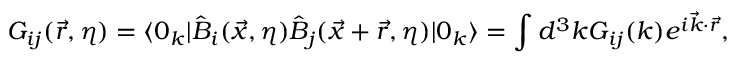
{ \cal G } _ { i j } ( \vec { r } , \eta ) = \langle 0 _ { k } | \hat { B } _ { i } ( \vec { x } , \eta ) \hat { B } _ { j } ( \vec { x } + \vec { r } , \eta ) | 0 _ { k } \rangle = \int d ^ { 3 } k { \cal G } _ { i j } ( k ) e ^ { i \vec { k } \cdot \vec { r } } ,